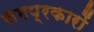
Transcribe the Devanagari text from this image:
समप्रकारों